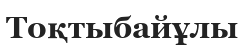
Тоқтыбайұлы